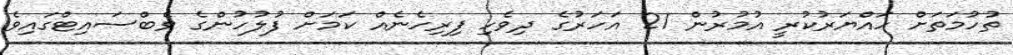
ތުހުމަތަށް ހައްޔަރުކުރީ އުމުރުން 21 އަހަރުގެ ދިވެހި ފިރިހެނެއް ކަމަށް ފުލުހުންގެ ވެބްސައިޓްގައިވެ